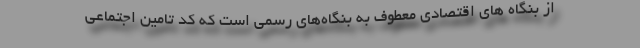
از بنگاه های اقتصادی معطوف به بنگاه‌های رسمی است که کد تامین اجتماعی